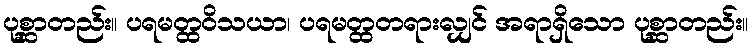
ပုစ္ဆာတည်း။ ပရမတ္ထဝိသယာ၊ ပရမတ္ထတရားလျှင် အရာရှိသော ပုစ္ဆာတည်း။